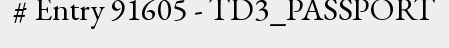
# Entry 91605 - TD3_PASSPORT